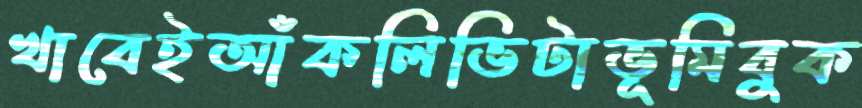
খাবেইআঁকলিভিটাভূমিবুক